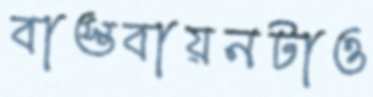
বাস্তবায়নটাও